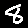
Digit: 8